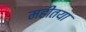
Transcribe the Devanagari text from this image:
महीतया